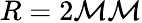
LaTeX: R=2\mathcal{M}\mathcal{M}